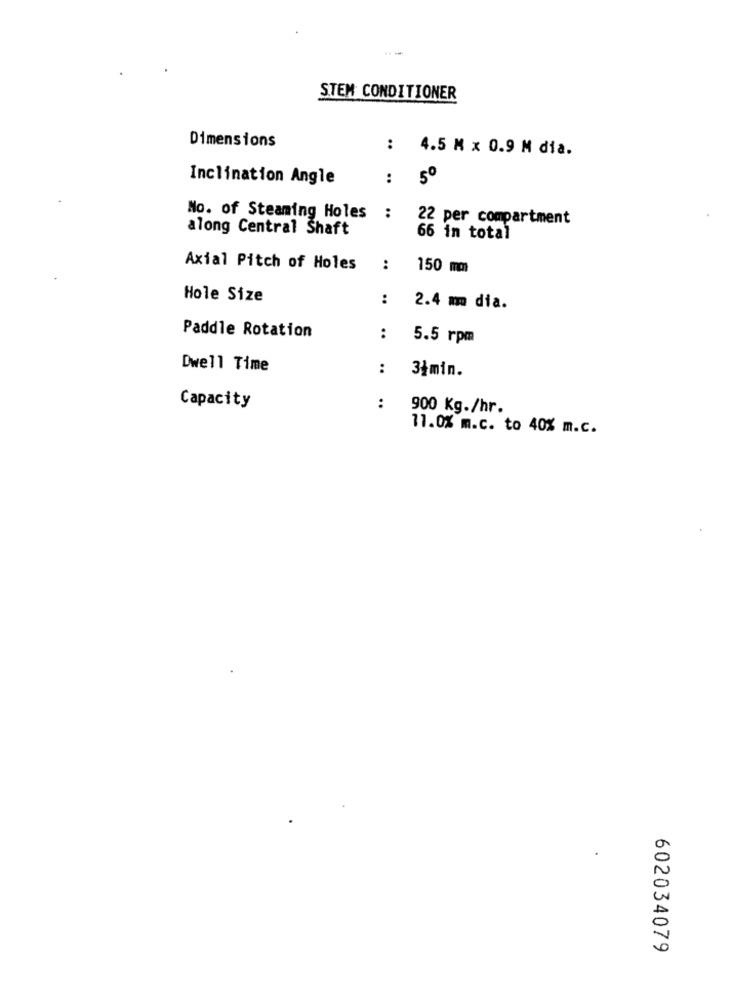
STEM CONDITIONER
Dimensions
: 4.5 M x 0.9 M dia.
Inclination Angle
:
5º
No. of Steaming Holes :
22 per compartment
along Central Shaft
66 in total
Axial Pitch of Holes
:
150 mm
Hole Size
:
2.4 mm dia.
Paddle Rotation
:
5.5 rpm
Dwell Time
:
34min.
Capacity
:
900 Kg./hr.
11.0% m.c. to 40% m.c.
602034079